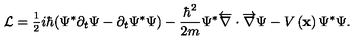
\mathcal { L } = \frac { _ 1 } { ^ 2 } i \hbar ( \Psi ^ { * } \partial _ { t } \Psi - \partial _ { t } \Psi ^ { * } \Psi ) - \frac { \hbar ^ { 2 } } { 2 m } \Psi ^ { * } \overleftarrow { \nabla } \cdot \overrightarrow { \nabla } \Psi - V \left( \mathbf { x } \right) \Psi ^ { * } \Psi .